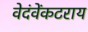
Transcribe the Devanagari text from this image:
वेदंवेंकटराय